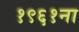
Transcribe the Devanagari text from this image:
१९६१ना